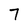
Character: 7